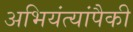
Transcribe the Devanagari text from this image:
अभियंत्यांपैकी